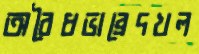
অবৈধভাব্রেদখল